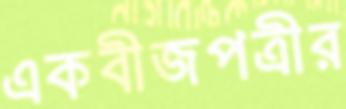
একবীজপত্রীর